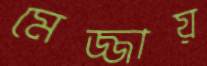
মেজ্জায়